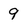
Character: 9